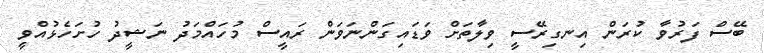
ބޭސް ފަރުވާ ކުރަން އިނގިރޭސީ ވިލާތަށް ވަޑައިގަންނަވަން ރައީސް މުހައްމަދު ނަޝީދު ހުށަހެޅުއްވީ